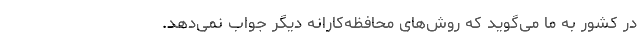
در کشور به ما می‌گوید که روش‌های محافظه‌کارانه دیگر جواب نمی‌دهد.